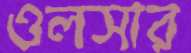
ওলসার